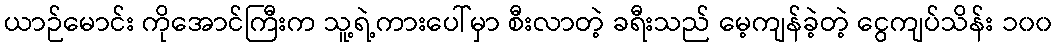
ယာဉ်မောင်း ကိုအောင်ကြီးက သူ့ရဲ့ကားပေါ်မှာ စီးလာတဲ့ ခရီးသည် မေ့ကျန်ခဲ့တဲ့ ငွေကျပ်သိန်း ၁၀၀